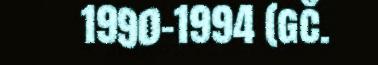
1990-1994 (gč.